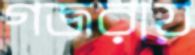
গজরায়